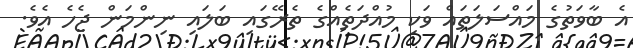
އެ ބާވަތުގެ މައްސަލަތައް ވަކި މުއްދަތެއްގެ ތެރޭގައި ބަލައި ނިންމަން ޖެހެ އެވެ.